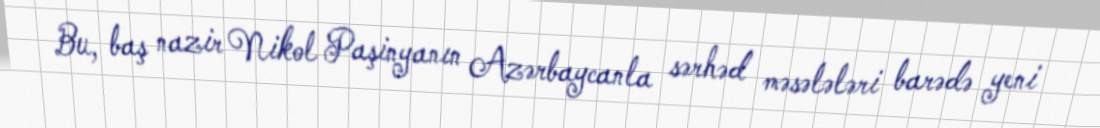
Bu, baş nazir Nikol Paşinyanın Azərbaycanla sərhəd məsələləri barədə yeni